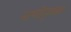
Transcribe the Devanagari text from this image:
पाणीपुरवढा